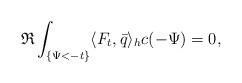
LaTeX: \begin{align*}\mathfrak{R} \int_{\{\Psi<-t\}}\langle F_t,\bar{q}\rangle_hc(-\Psi)=0,\end{align*}